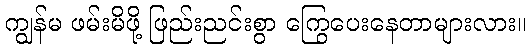
ကျွန်မ ဖမ်းမိဖို့ ဖြည်းညင်းစွာ ကြွေပေးနေတာများလား။